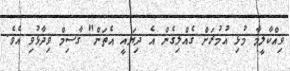
ވިއްކާލީމާ މުޅި އުމުރަށް ގެއްލިގެން އެ ދިޔައީ އެތަން" ގާސިމް ވިދާޅުވި އެވެ.